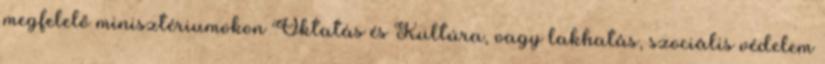
megfelelő minisztériumokon Oktatás és Kultúra, vagy lakhatás, szociális védelem